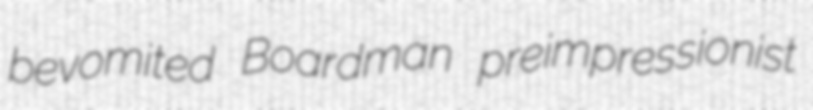
bevomited Boardman preimpressionist